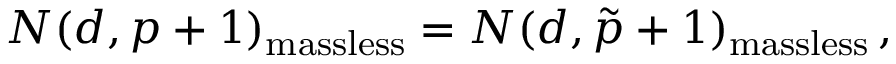
N ( d , p + 1 ) _ { \mathrm { m a s s l e s s } } = N ( d , \tilde { p } + 1 ) _ { \mathrm { m a s s l e s s } } \, ,